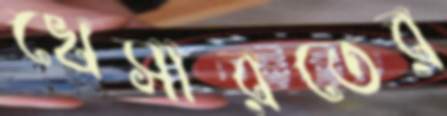
খেসারতের